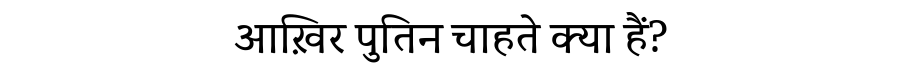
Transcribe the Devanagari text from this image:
आख़िर पुतिन चाहते क्या हैं?